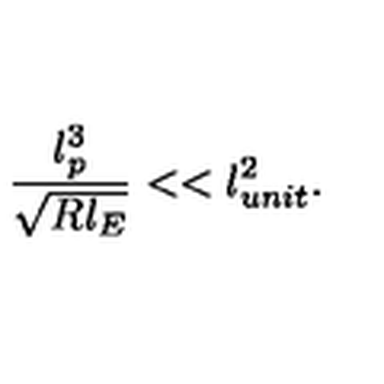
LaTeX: \frac { l _ { p } ^ { 3 } } { \sqrt { R l _ { E } } } < < l _ { u n i t } ^ { 2 } .